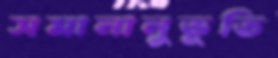
সমানানুভূতি